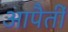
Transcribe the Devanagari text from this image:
आपैतीं